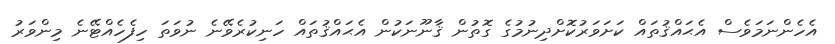
އެހެންނަމަވެސް އެޙައްޤުތައް ކަށަވަރުކޮށްދިނުމުގެ ގޮތުން ޤާނޫނަކުން އެޙައްޤުތައް ހަނިކުރެވޭނެ ނުވަތަ ހިފެހެއްޓޭނެ މިންވަރު